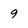
Character: 9